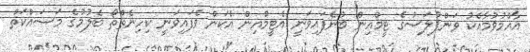
އާއްމުވުމާއެކު ވަންޕުލަސްގެ ޓީމްއިން ބުނެފައިވަނީ އެޓީމްއިން އެކަން ވެފައިވަނީ ކިހިނެތްތޯ ބެލުމުގެ މަސައްކަތް